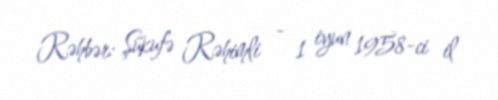
Rəhbər: Şükufə Rəhimli - 1 iyun 1958-ci il